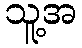
သူ့အ